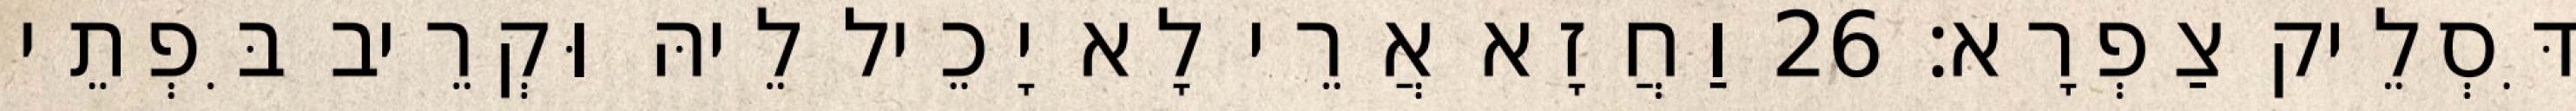
דִּסְלֵיק צַפְרָא׃ 26 וַחֲזָא אֲרֵי לָא יָכֵיל לֵיהּ וּקְרֵיב בִּפְתֵי